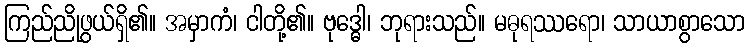
ကြည်ညိုဖွယ်ရှိ၏။ အမှာကံ၊ ငါတို့၏။ ဗုဒ္ဓေါ၊ ဘုရားသည်။ မဓုရဿရော၊ သာယာစွာသော